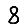
Digit: 8